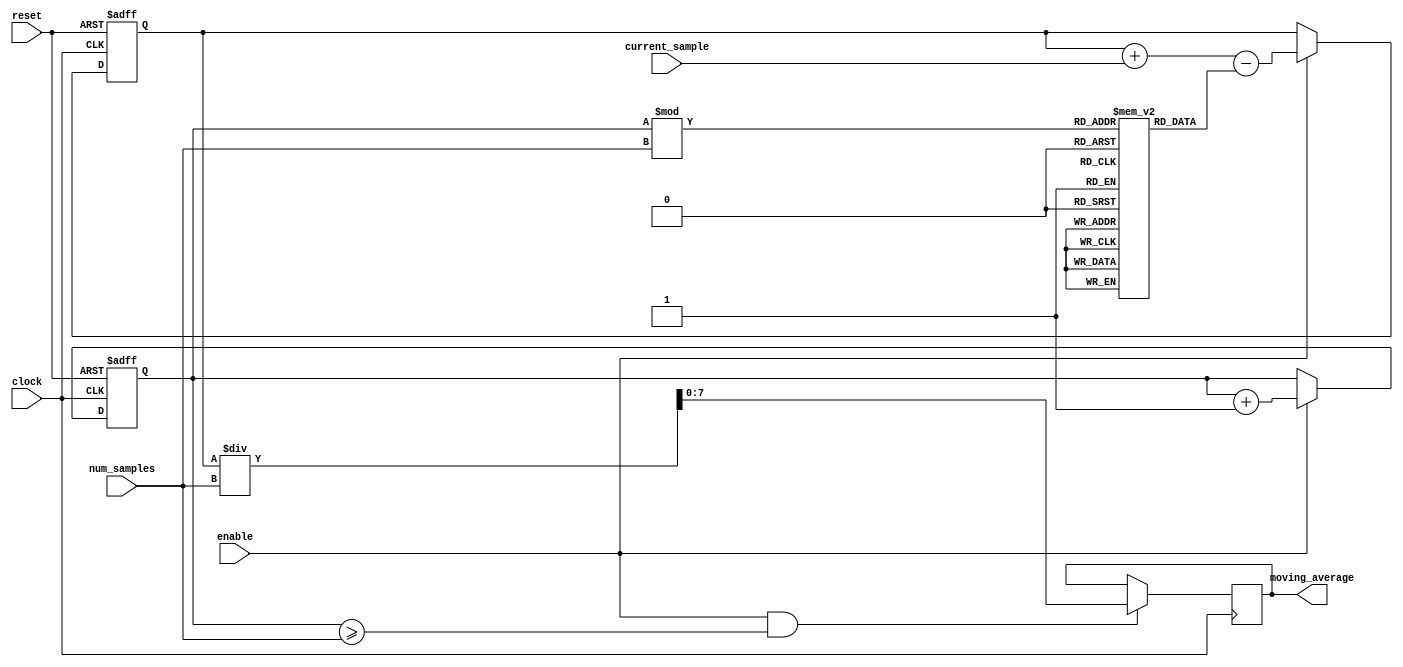
module moving_average_accumulator (
   input wire clock,
   input wire reset,
   input wire enable,
   input wire [7:0] current_sample,
   input wire [7:0] num_samples,
   output reg [7:0] moving_average
);

reg [15:0] running_total;
reg [7:0] sample_buffer [0:255];
reg [7:0] total_samples;

always @ (posedge clock or posedge reset) begin
   if (reset) begin
      running_total <= 16'b0;
      total_samples <= 8'b0;
   end else if (enable) begin
      running_total <= running_total + current_sample - sample_buffer[total_samples % num_samples];
      total_samples <= total_samples + 1;
   end
end

always @ (posedge clock) begin
   if (enable && total_samples >= num_samples) begin
      moving_average <= running_total / num_samples;
   end
end

endmodule